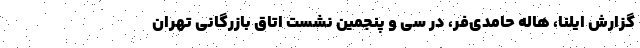
گزارش ایلنا، هاله حامدی‌فر، در سی و پنجمین نشست اتاق بازرگانی تهران